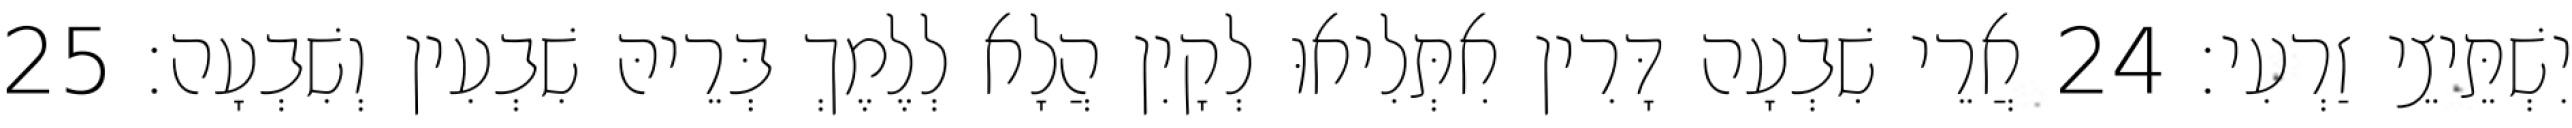
יִשְׁתֵּיצֵי זַרְעִי׃ 24 אֲרֵי שִׁבְעָה דָּרִין אִתְּלִיאוּ לְקָיִן הֲלָא לְלֶמֶךְ בְּרֵיהּ שִׁבְעִין וְשִׁבְעָה׃ 25